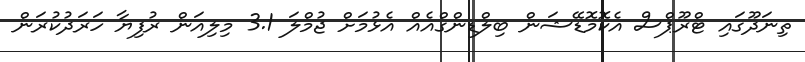
ތިނަދޫގައި ޓްރޫޕްސް އެކޮމޮޑޭޝަން ބިލްޑިންގްއެއް އެޅުމަށް ޖުމްލަ 3.1 މިލިއަން ރުފިޔާ ހަރަދުކުރަން